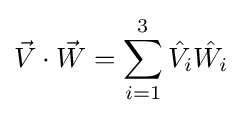
{\vec {V}}\cdot {\vec {W}}=\sum _{i=1}^{3}{\hat {V_{i}}}{\hat {W_{i}}}